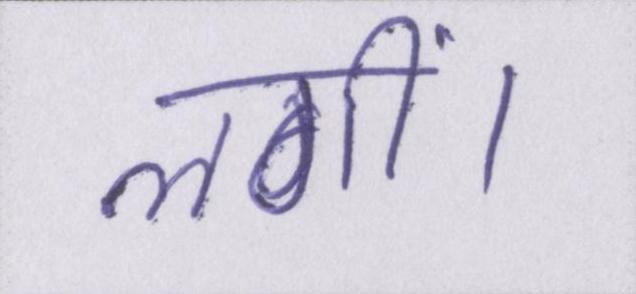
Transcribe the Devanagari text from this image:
लगीं।